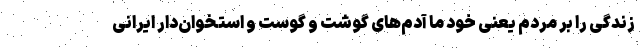
زندگی را بر مردم یعنی خود ما آدم‌های گوشت و گوست و استخوان‌دار ایرانی